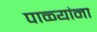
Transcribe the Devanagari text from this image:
पाळ्यांना